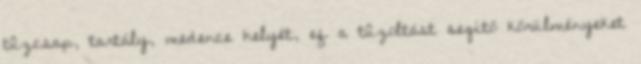
tûzcsap, tartály, medence helyét, ef a tûzoltást segítõ körülményeket